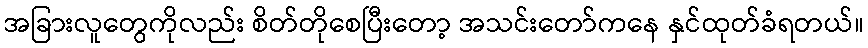
အခြားလူတွေကိုလည်း စိတ်တိုစေပြီးတော့ အသင်းတော်ကနေ နှင်ထုတ်ခံရတယ်။